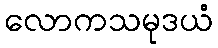
လောကသမုဒယံ